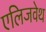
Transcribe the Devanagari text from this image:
एलिजवेथ